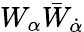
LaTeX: W_{\alpha}\bar{W}_{\dot{\alpha}}